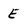
Character: E